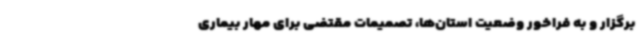
برگزار و به فراخور وضعیت استان‌ها، تصمیمات مقتضی برای مهار بیماری